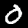
Digit: 0